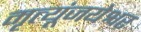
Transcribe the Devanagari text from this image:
मृत्यूंजयेश्वर